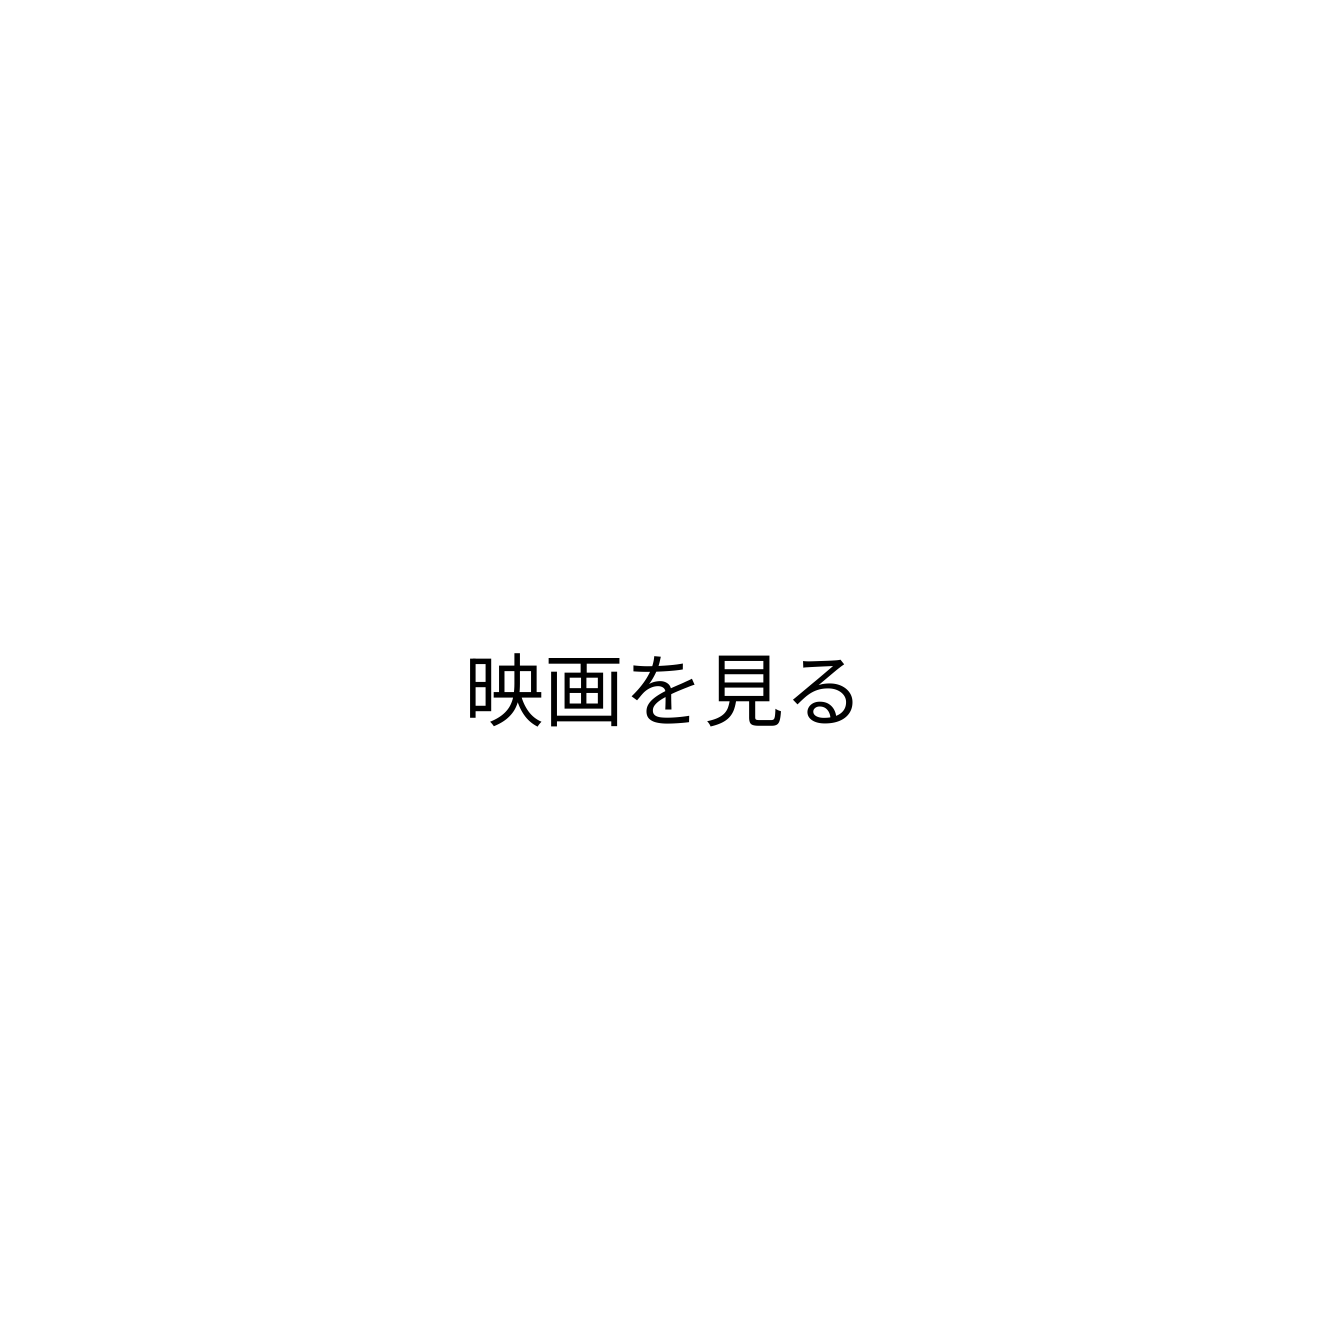
映画を見る